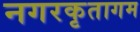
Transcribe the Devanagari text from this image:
नगरकृतागम